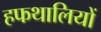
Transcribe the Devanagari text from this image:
हफथालियों